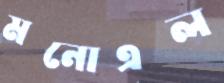
মনোএল